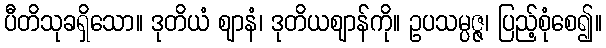
ပီတိသုခရှိသော။ ဒုတိယံ ဈာနံ၊ ဒုတိယဈာန်ကို။ ဥပသမ္ပဇ္ဇ၊ ပြည့်စုံစေ၍။